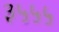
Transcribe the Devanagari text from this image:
३५५५